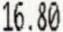
16.80